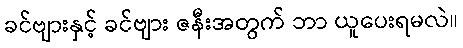
ခင်ဗျားနှင့် ခင်ဗျား ဇနီးအတွက် ဘာ ယူပေးရမလဲ။